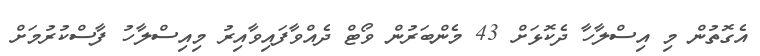
އެގޮތުން މި އިސްލާހާ ދެކޮޅަށް 43 މެންބަރުން ވޯޓް ދެއްވާފައިވާއިރު މިއިސްލާހު ފާސްކުރުމަށް